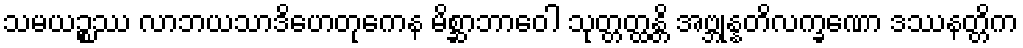
သမယဉ္စဿ လာဘယသာဒိဟေတုကေန မိစ္ဆာဘာဝေါ သုတ္တတ္ထန္တိ အဗ္ဘုန္နတိလက္ခဏော ဒဿနတ္တိက